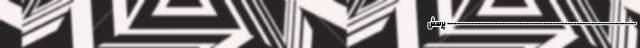
--------------------------------------------------------------- پرسش